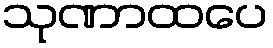
သုဏာထပေ